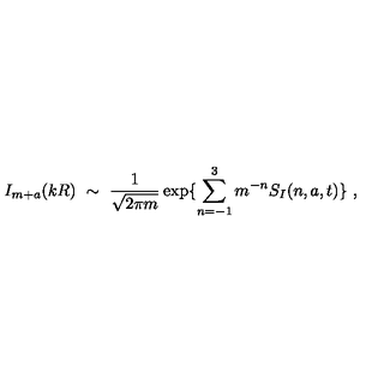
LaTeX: I _ { m + a } ( k R ) \ \sim \ \frac { 1 } { \sqrt { 2 \pi m } } \exp \{ \sum _ { n = - 1 } ^ { 3 } m ^ { - n } S _ { I } ( n , a , t ) \} \ ,